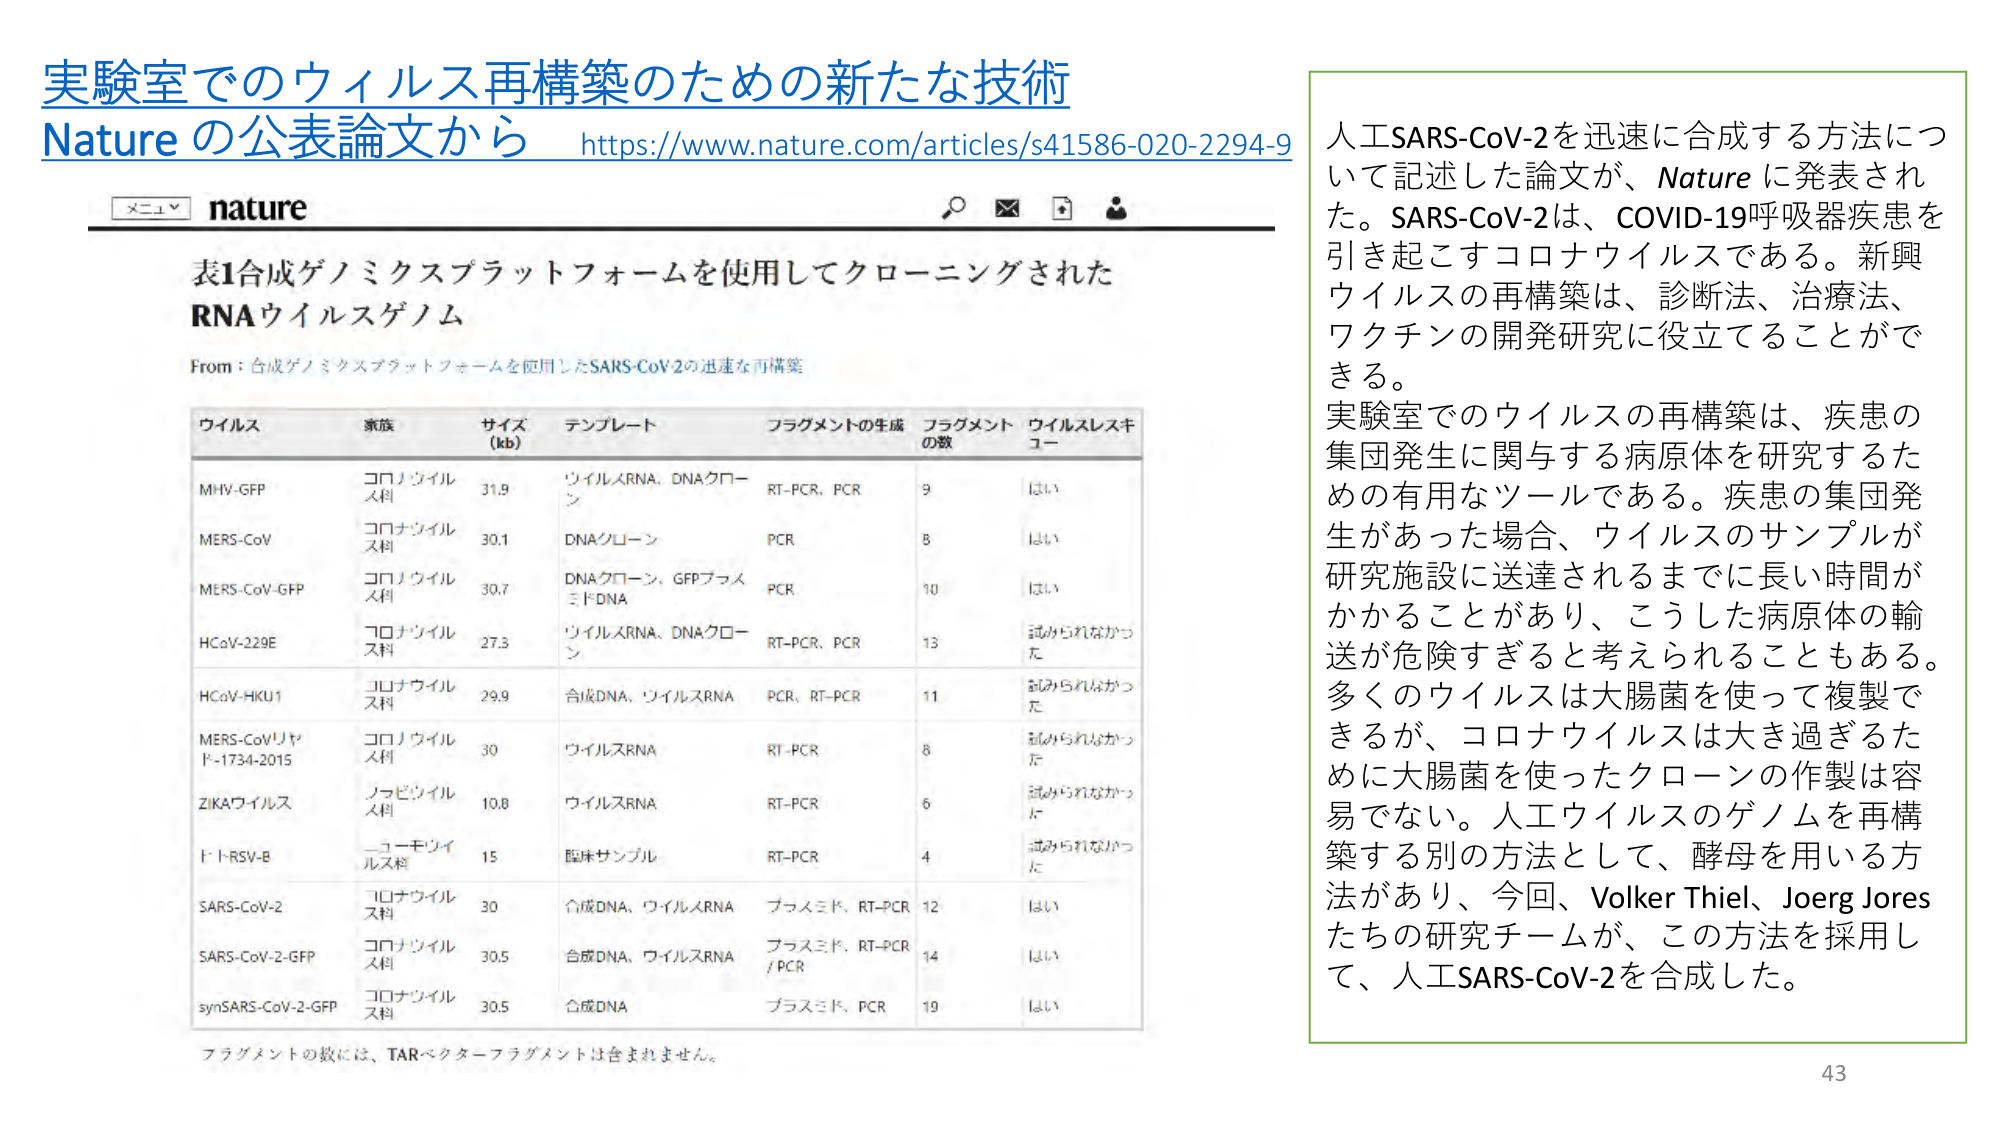
実験室でのウイルス再構築のための新たな技術
Nature の公表論文から https://www.nature.com/articles/s41586-020-2294-9

メニュー nature

表1 合成ゲノミクスプラットフォームを使用してクローニングされた
RNAウイルスゲノム

From：合成ゲノミクスプラットフォームを使用したSARS-CoV-2の迅速な再構築

ウイルス　　家族　　　　サイズ(kb)　　テンプレート　　　　　　フラグメントの生成　　　フラグメントの数　　ウイルスレスキュー
MHV-GFP　　コロナウイルス科　　31.9　　ウイルスRNA、DNAクローン　　RT-PCR、PCR　　9　　はい
MERS-CoV　　コロナウイルス科　　30.1　　DNAクローン　　　　　　　　PCR　　　　　　8　　はい
MERS-CoV-GFP　コロナウイルス科　　30.7　　DNAクローン、GFPプラスミドDNA　　PCR　　　　　　10　　はい
HCoV-229E　コロナウイルス科　　27.3　　ウイルスRNA、DNAクローン　　RT-PCR、PCR　　13　　試みられなかった
HCoV-HKU1　コロナウイルス科　　29.9　　合成DNA、ウイルスRNA　　PCR、RT-PCR　　11　　試みられなかった
MERS-CoVリヤド-1734-2015　コロナウイルス科　　30　　ウイルスRNA　　　　　　　　RT-PCR　　　　8　　試みられなかった
ZIKAウイルス　ノロビウイルス科　　10.8　　ウイルスRNA　　　　　　　　RT-PCR　　　　6　　試みられなかった
トトRSV-B　　コーキツイルス科　　15　　臨床サンプル　　　　　　　　RT-PCR　　　　4　　試みられなかった
SARS-CoV-2　コロナウイルス科　　30　　合成DNA、ウイルスRNA　　プラスミド、RT-PCR　　12　　はい
SARS-CoV-2-GFP　コロナウイルス科　　30.5　　合成DNA、ウイルスRNA　　プラスミド、RT-PCR/PCR　　14　　はい
synSARS-CoV-2-GFP　コロナウイルス科　　30.5　　合成DNA　　　　　　　　プラスミド、PCR　　19　　はい

フラグメントの数には、TARベクターフラグメントは含まれません。

人工SARS-CoV-2を迅速に合成する方法について記述した論文が、Natureに発表された。SARS-CoV-2は、COVID-19呼吸器疾患を引き起こすコロナウイルスである。新興ウイルスの再構築は、診断法、治療法、ワクチンの開発研究に役立てることができる。
実験室でのウイルスの再構築は、疾患の集団発生に関与する病原体を研究するための有用なツールである。疾患の集団発生があった場合、ウイルスのサンプルが研究施設に送達されるまでに長い時間がかかることがあり、こうした病原体の輸送が危険すぎると考えられることもある。多くのウイルスは大腸菌を使って複製できるが、コロナウイルスは大き過ぎるために大腸菌を使ったクローンの作製は容易でない。人工ウイルスのゲノムを再構築する別の方法として、酵母を用いる方法があり、今回、Volker Thiel、Joerg Joresたちの研究チームが、この方法を採用して、人工SARS-CoV-2を合成した。

43